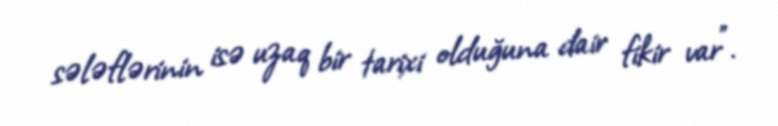
sələflərinin isə uzaq bir tarixi olduğuna dair fikir var".